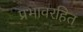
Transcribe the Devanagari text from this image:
प्रभावरहित